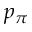
p _ { \pi }